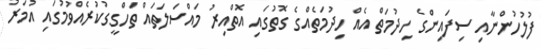
ފުލުހުންނާއި ސިފައިންގެ ހިދުމަތް އެއް ހިދުމަތެއްގެ ގޮތުގައި އޮތްއިރު މައްސަލަތައް ތަހްގީގުކުރެއްވުމުގައި އުމަރު